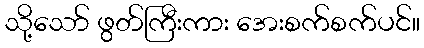
သို့သော် ဖွတ်ကြီးကား အေးစက်စက်ပင်။